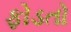
ફોડતો